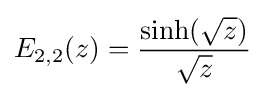
E_{2,2}(z)={\frac {\sinh({\sqrt {z}})}{\sqrt {z}}}